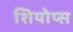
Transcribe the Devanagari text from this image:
शियोप्‍स